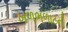
ખળભળાટની